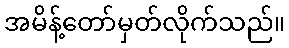
အမိန့်တော်မှတ်လိုက်သည်။